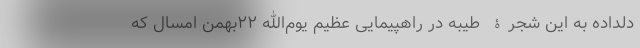
دلداده به این شجرۀ طیبه در راهپیمایی عظیم یوم‌الله ۲۲بهمن امسال که